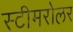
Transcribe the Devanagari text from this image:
स्टीमरोलर